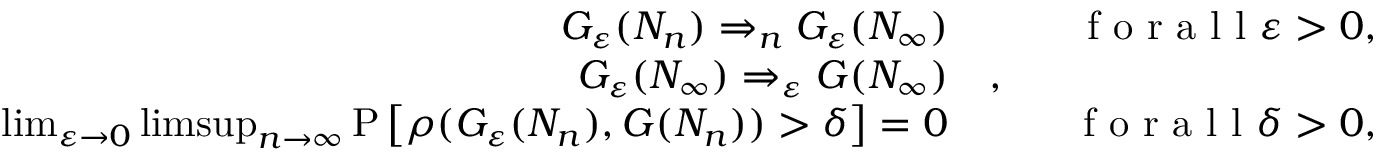
\begin{array} { r l r } { G _ { \varepsilon } ( N _ { n } ) \Rightarrow _ { n } G _ { \varepsilon } ( N _ { \infty } ) } & { \quad } & { \textnormal { f o r a l l } \varepsilon > 0 , } \\ { G _ { \varepsilon } ( N _ { \infty } ) \Rightarrow _ { \varepsilon } G ( N _ { \infty } ) } & { , } \\ { \operatorname* { l i m } _ { \varepsilon \to 0 } \operatorname* { l i m s u p } _ { n \to \infty } \mathrm { P } \left[ \rho ( G _ { \varepsilon } ( N _ { n } ) , G ( N _ { n } ) ) > \delta \right] = 0 } & { } & { \textnormal { f o r a l l } \delta > 0 , } \end{array}